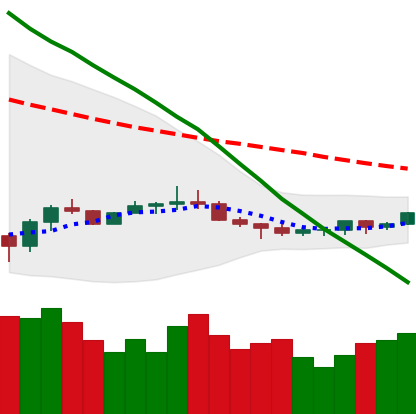
Ticker: ETC-USD
Chart end date: 2022-07-07
Forward return: -12.875%
Label: down_7plus